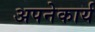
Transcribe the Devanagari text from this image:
अपनेकार्य